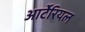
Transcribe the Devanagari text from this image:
आर्टेरियल